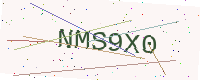
Text: NMS9X0